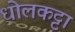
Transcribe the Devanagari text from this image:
धोलकट्टा